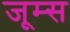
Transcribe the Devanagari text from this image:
जूम्स